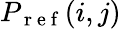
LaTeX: P_{\mathrm{~r~e~f~}}(i,j)